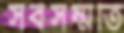
সর্বসম্মতি